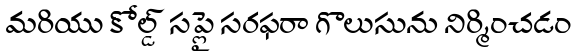
మరియు కోల్డ్ సప్లై సరఫరా గొలుసును నిర్మించడం